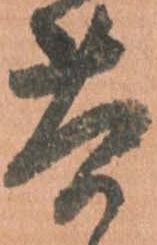
苦